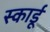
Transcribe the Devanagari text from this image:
स्कार्डू